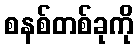
စနစ်တစ်ခုကို